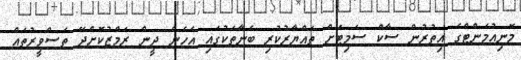
މޮނިއުމަންޓްގެ އިތުރުން ސާކް ސަމިޓަށް ތައްޔާރުކުރި ބެނާތަކުގައި އެހެން ދީން ރަމްޒުކޮށްދޭ ތަސްވީރުތައް